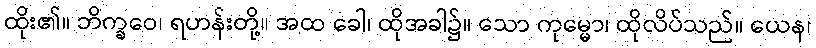
ထိုး၏။ ဘိက္ခဝေ၊ ရဟန်းတို့။ အထ ခေါ၊ ထိုအခါ၌။ သော ကုမ္မော၊ ထိုလိပ်သည်။ ယေန၊